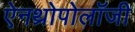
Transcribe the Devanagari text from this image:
ऐनथ्रोपोलॉजी